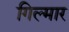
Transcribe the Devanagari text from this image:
गिल्मार